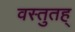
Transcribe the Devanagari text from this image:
वस्तुतह्